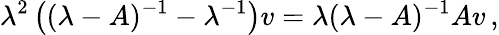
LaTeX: \lambda^{2}\left((\lambda-A)^{-1}-\lambda^{-1}\right)v=\lambda(\lambda-A)^{-1}Av\, ,